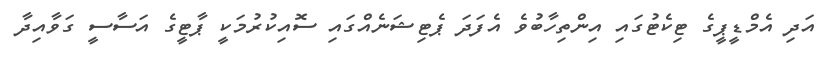
އަދި އެމްޑީޕީގެ ޓިކެޓުގައި އިންތިހާބުވެ އެފަދަ ޕެޓިޝަނެއްގައި ސޮއިކުރުމަކީ ޕާޓީގެ އަސާސީ ގަވާއިދާ